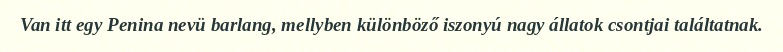
Van itt egy Penina nevü barlang, mellyben különböző iszonyú nagy állatok csontjai találtatnak.